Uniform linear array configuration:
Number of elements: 24
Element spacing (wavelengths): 0.75
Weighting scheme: hann
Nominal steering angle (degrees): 60
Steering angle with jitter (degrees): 60.274
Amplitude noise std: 0.05
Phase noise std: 0.05

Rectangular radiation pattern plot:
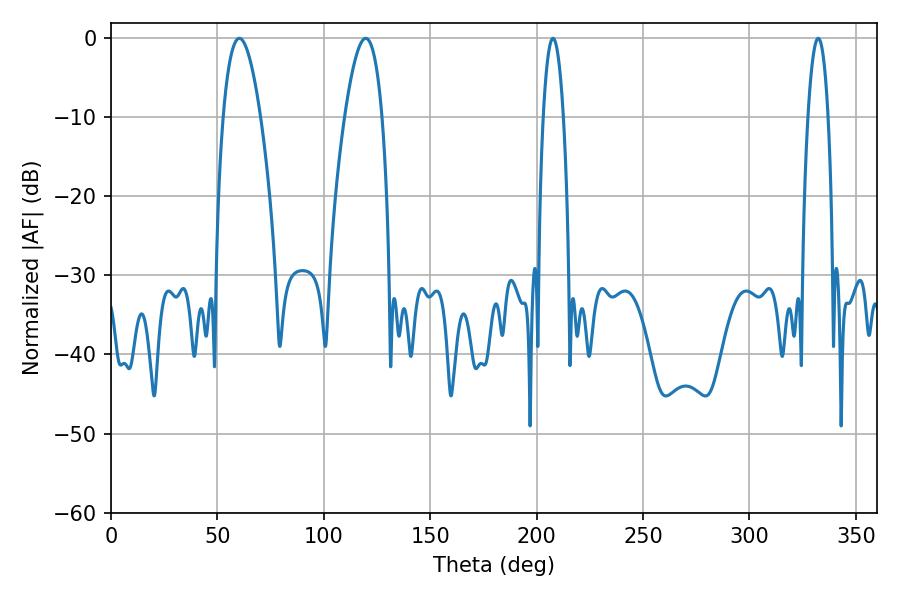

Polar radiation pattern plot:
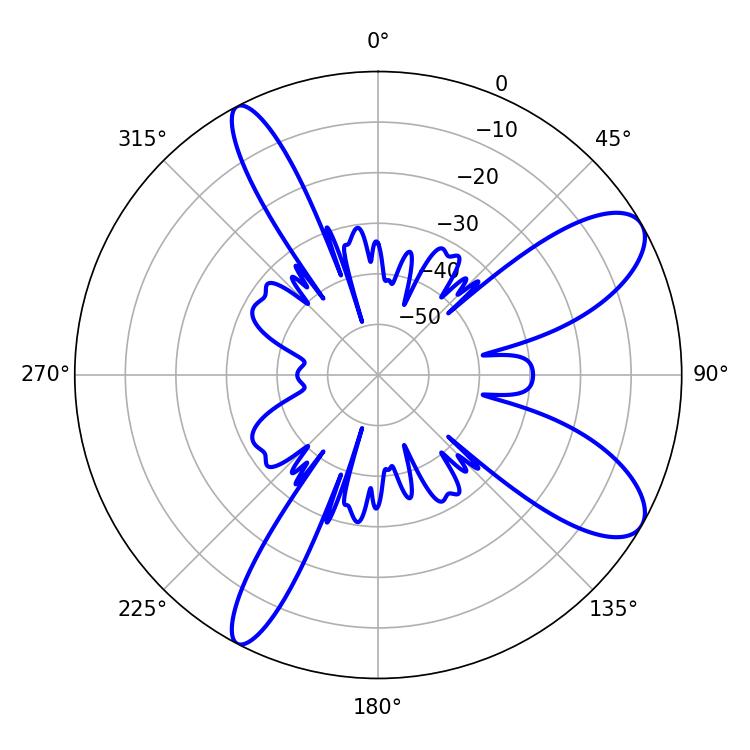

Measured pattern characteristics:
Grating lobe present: TRUE
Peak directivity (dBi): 9.513
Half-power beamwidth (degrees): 9.72
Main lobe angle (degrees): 60.3